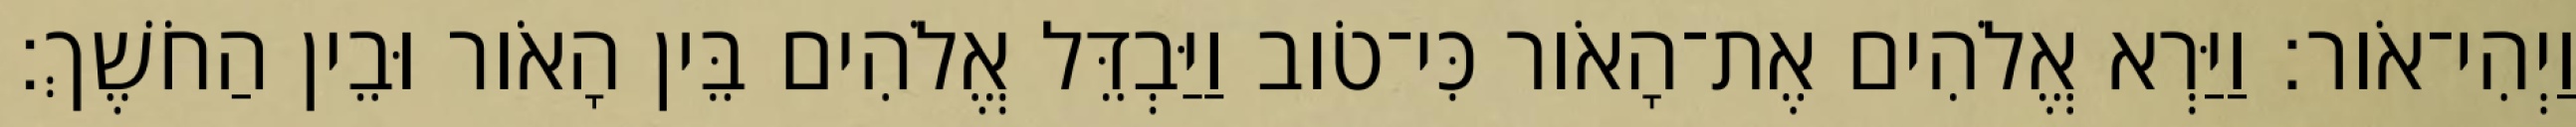
וַיְהִי־אֹור׃ וַיַּרְא אֱלֹהִים אֶת־הָאֹור כִּי־טֹוב וַיַּבְדֵּל אֱלֹהִים בֵּין הָאֹור וּבֵין הַחֹשֶׁךְ׃